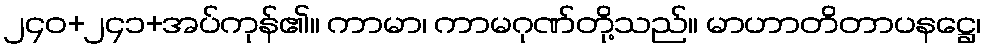
၂၄၀+၂၄၁+အပ်ကုန်၏။ ကာမာ၊ ကာမဂုဏ်တို့သည်။ မာဟာတိတာပနဋ္ဌေ၊